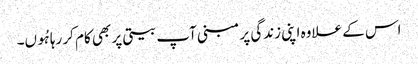
اس کے علاوہ اپنی زندگی پر مبنی آپ بیتی پر بھی کام کر رہا ہُوں۔